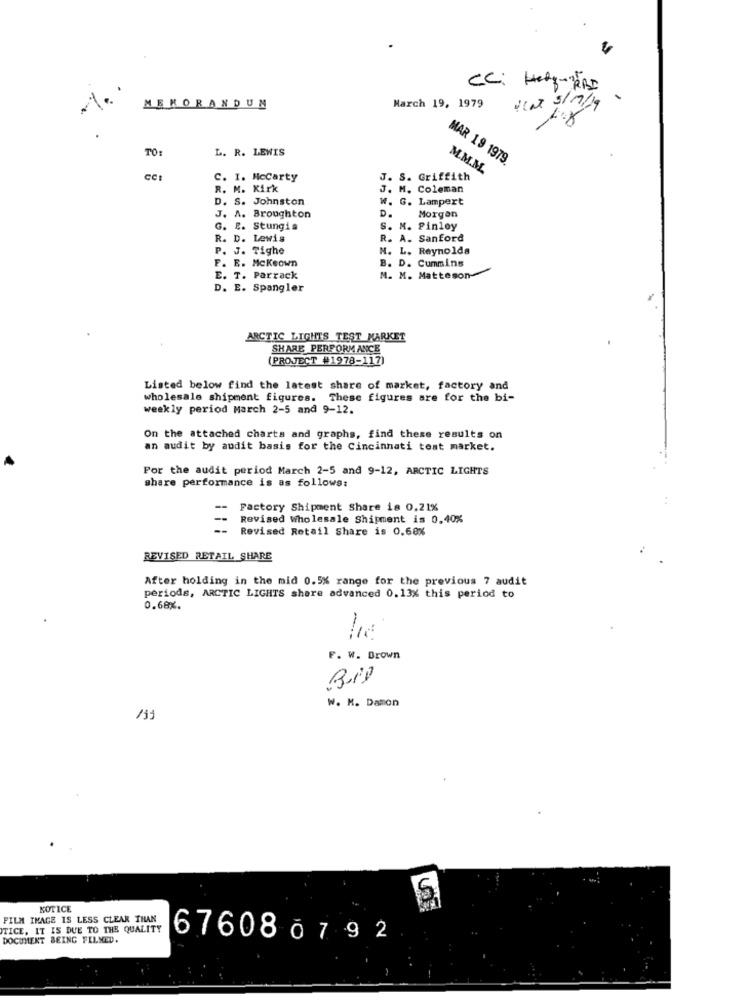
CC: Half-RAD
MEMORANDUM
March 19, 1979
TO:
L. R. LEWIS
MAR 19 1979.
M.M.M.
C. I. Mccarty
J. S. Griffith
R. M. Kirk
J. M. Coleman
D. S. Johnston
W. G. Lampert
J. A. Broughton
D.
Morgan
G. E. Stungis
S. M. Pinloy
R. D. Lewis
R. A. Sanford
P. J. Tighe
N. L. Reynolds
F. E. Mckeown
B. D. Cummins
E. T. Parrack
M. M. Matteson-
D. E. Spangler
ARCTIC LIGHTS TEST MARKET
SHARE PERFORMANCE
(PROJECT #1978-117)
Listed below find the latest share of market, factory and
wholesale shipment figures. These figures are for the bi-
weekly period March 2-5 and 9-12.
On the attached charts and graphs, find these results on
an audit by audit basis for the Cincinnati test market.
For the audit period March 2-5 and 9-12, ARCTIC LIGHTS
share performance is as follows:
..
--
Factory Shipment Share is 0.21%
--
Revised Wholesale Shipment is 0.40%
--
Revised Retail Share is 0.68%
REVISED RETAIL SHARE
After holding in the mid 0.5% range for the previous 7 audit
periods, ARCTIC LIGHTS shere advanced 0.13% this period to
0.68%.
F. W. Brown
W. M. Damon
/59
NOTICE
FILM IMAGE IS LESS CLEAR THAN
TICE, IT IS DUE TO THE QUALITY
DOCUMENT BEING FILMED.
676080792